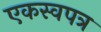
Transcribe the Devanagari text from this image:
एकस्वपत्र